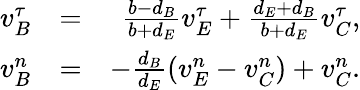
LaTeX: \begin{array}{rlr}{v_{B}^{\tau}}&{=}&{\frac{b-d_{B}}{b+d_{E}}v_{E}^{\tau}+\frac{d_{E}+d_{B}}{b+d_{E}}v_{C}^{\tau},}\\ {v_{B}^{n}}&{=}&{-\frac{d_{B}}{d_{E}}(v_{E}^{n}-v_{C}^{n})+v_{C}^{n}.}\end{array}